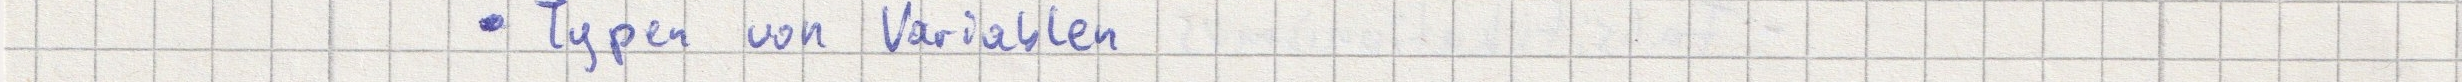
- Typen von Variablen